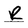
Character: R